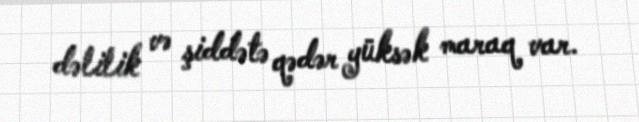
dəlilik və şiddətə qədər yüksək maraq var.